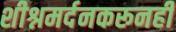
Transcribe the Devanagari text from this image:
शीश्नमर्दनकरूनही